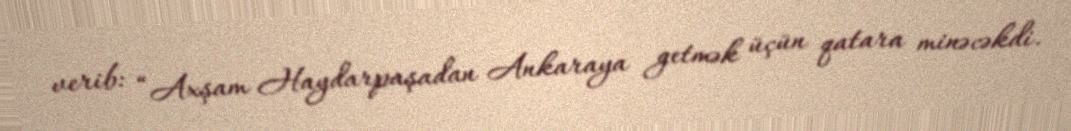
verib: “Axşam Haydarpaşadan Ankaraya getmək üçün qatara minəcəkdi.